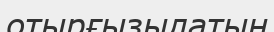
отырғызылатын